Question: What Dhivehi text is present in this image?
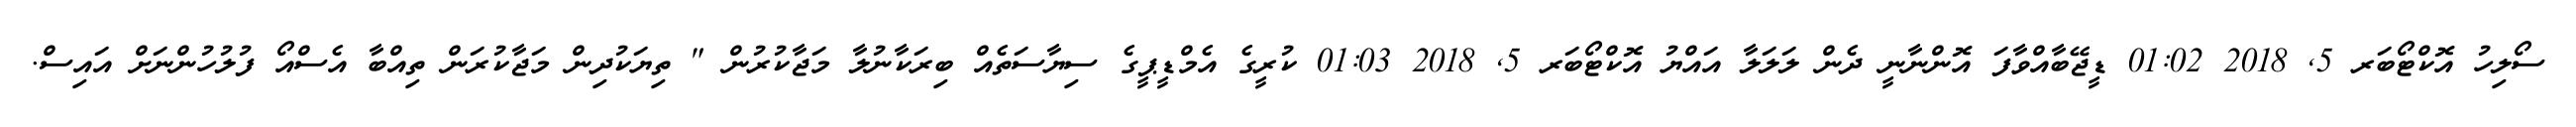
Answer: ސޯލިހު އޮކްޓޯބަރ 5, 2018 01:02 ޑީޖޭބާއްވާފަ އޮންނާނީ ދެން ލަލަލާ އައްޔު އޮކްޓޯބަރ 5, 2018 01:03 ކުރީގެ އެމްޑީޕީގެ ސިޔާސަތެއް ބިރަކާނުލާ މަޖާކުރުން " ތިޔަކުދިން މަޖާކުރަން ތިއްބާ އެސްއޯ ފުލުހުންނަށް އައިސް.